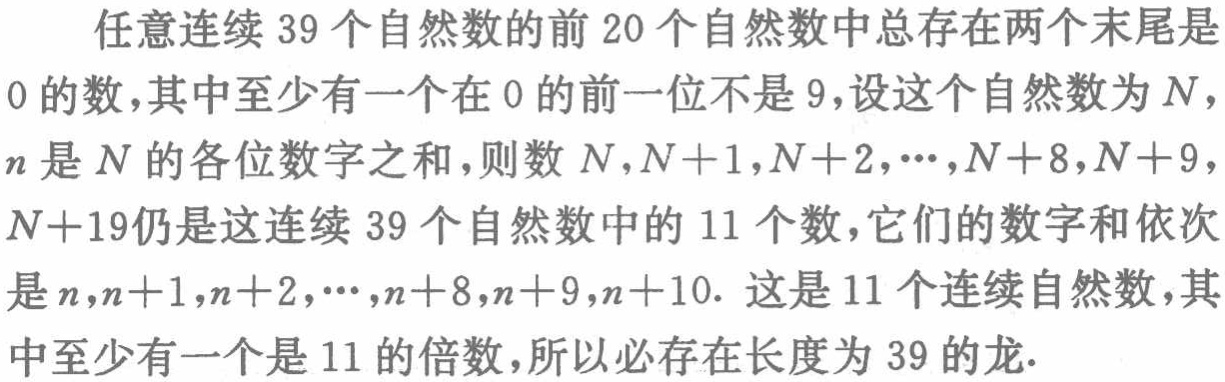
任意连续 39 个自然数的前 20 个自然数中总存在两个末尾是

0 的数,其中至少有一个在 0 的前一位不是 9,设这个自然数为\(N\)，

\(n\)是\(N\)的各位数字之和,则数\(N,N + 1,N + 2,\cdots,N + 8,N + 9\)，

\(N + 19\)仍是这连续 39 个自然数中的 11 个数,它们的数字和依次

是\(n,n + 1,n + 2,\cdots,n + 8,n + 9,n + 10\). 这是 11 个连续自然数,其

中至少有一个是 11 的倍数,所以必存在长度为 39 的龙.